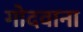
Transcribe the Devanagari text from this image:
गोदवाना